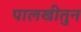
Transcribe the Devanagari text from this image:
पालखीतुन